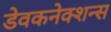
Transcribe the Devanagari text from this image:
डेवकनेक्शन्स